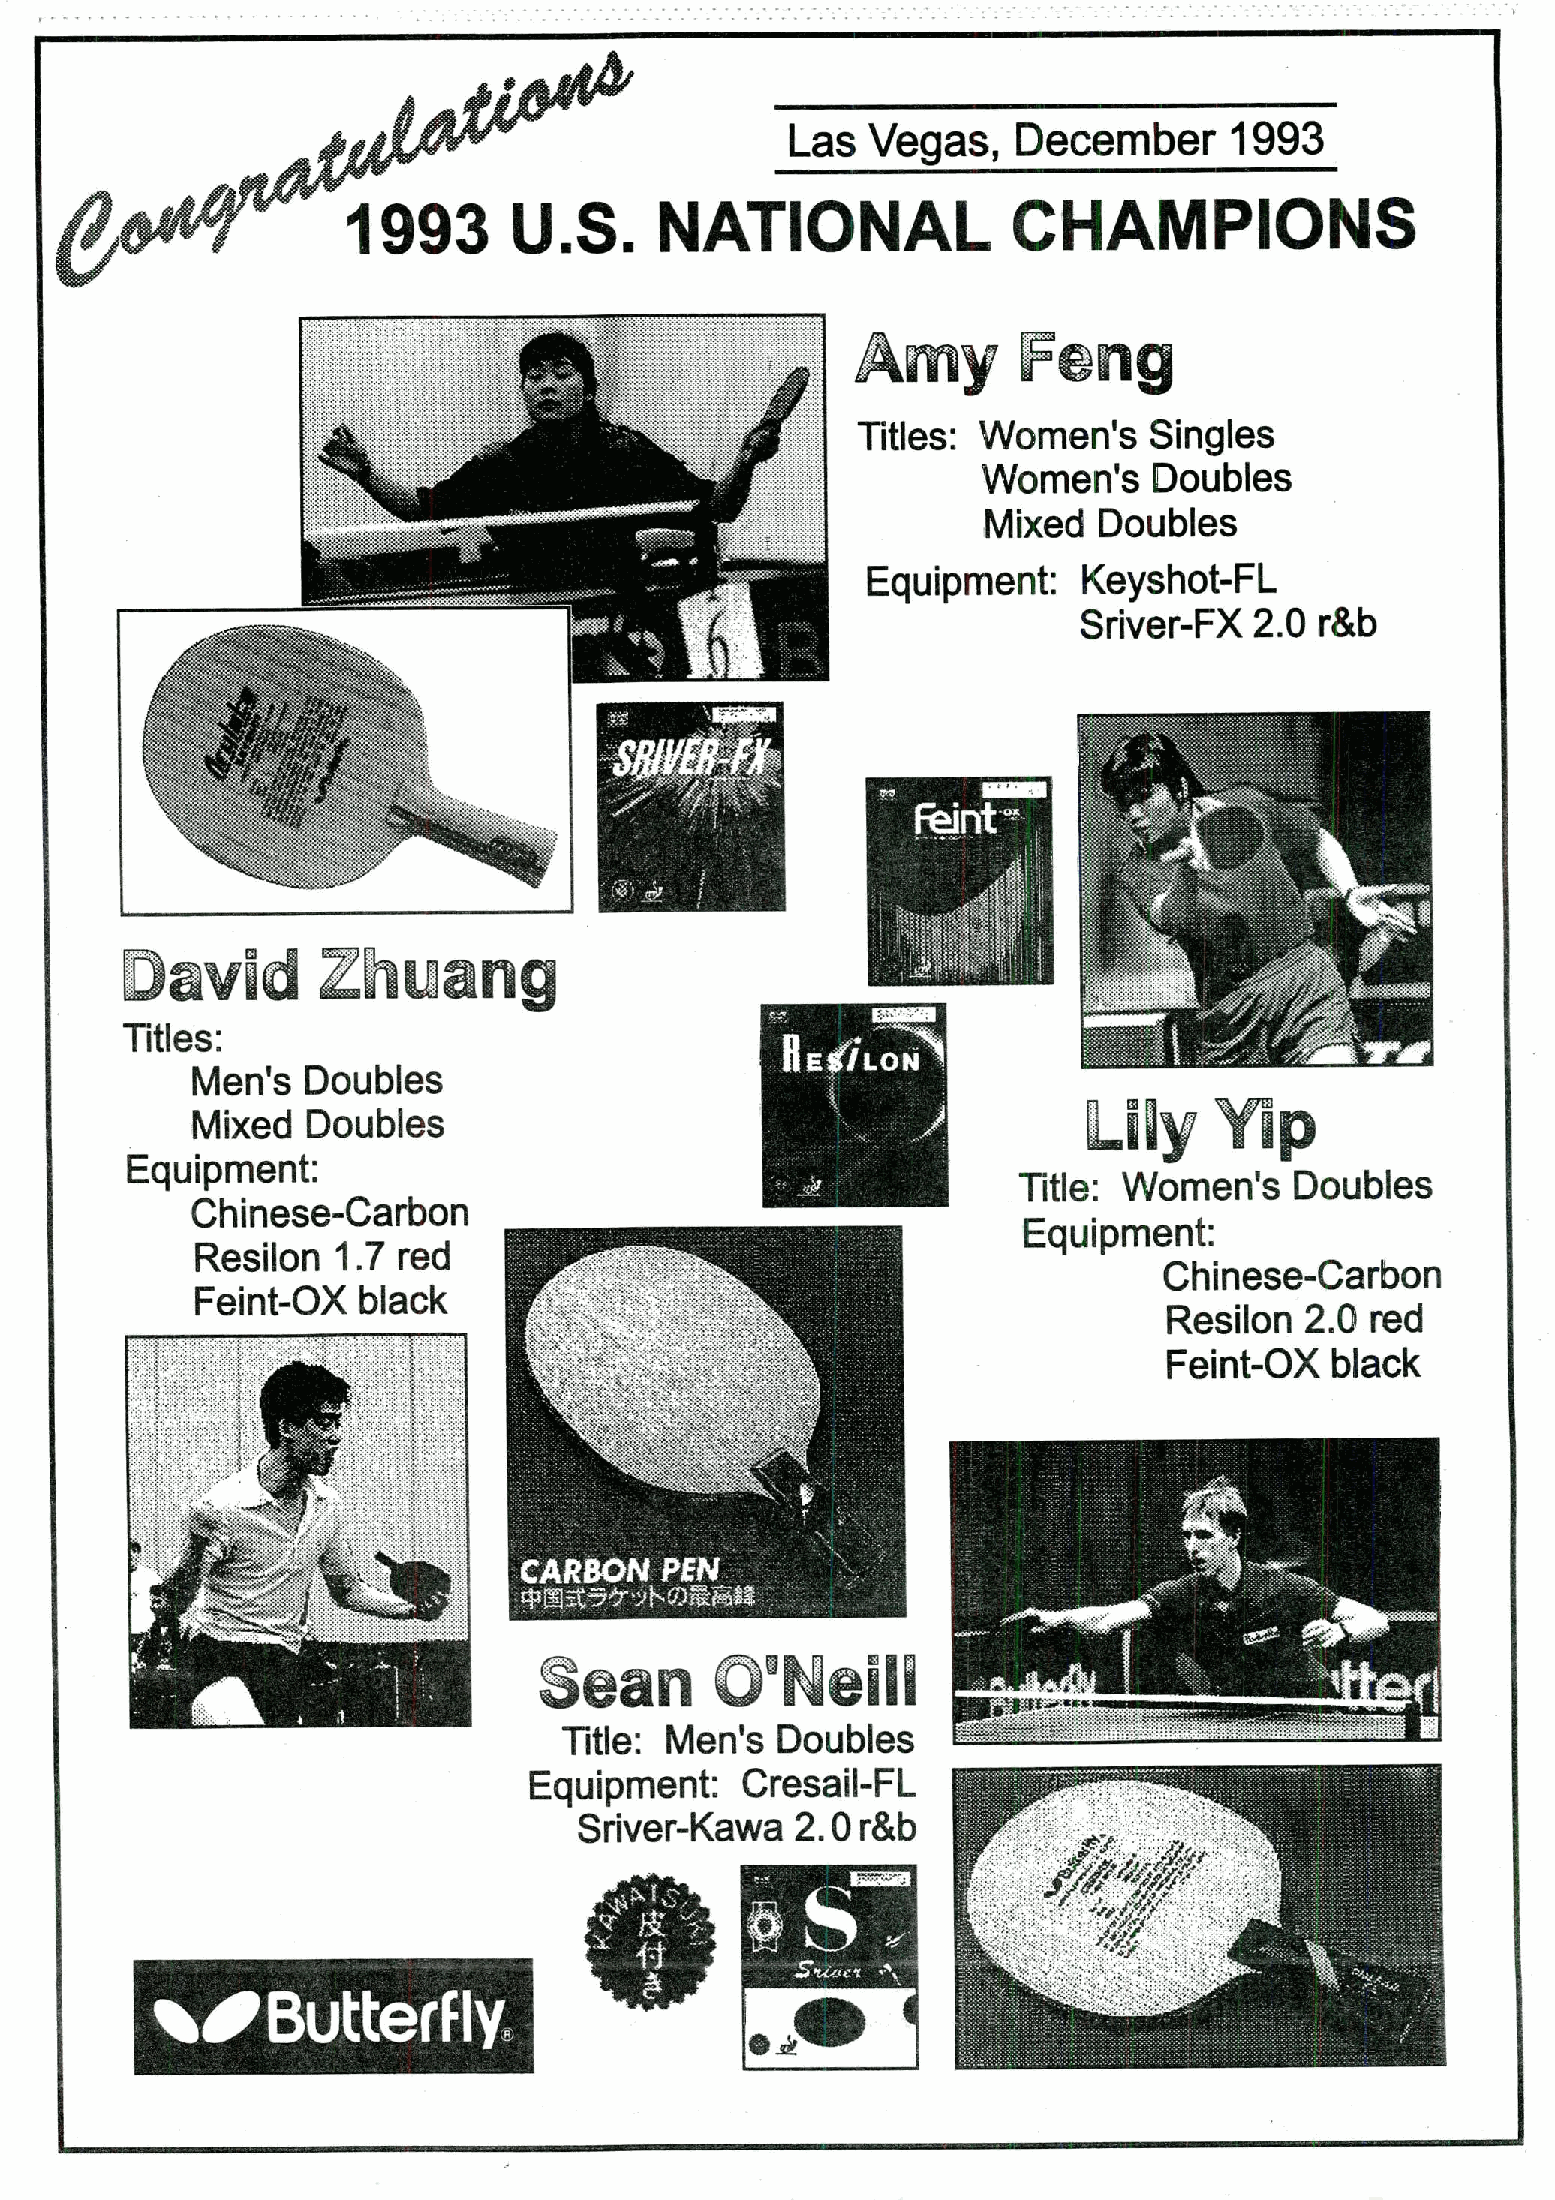
Las   Vegas,   December      1993
 .. ..             1993       U.S.      NATIONAL               CHAMPIONS
 m
 ..
 mi
 5 .:4
 .-
 Titles: Women's    Singles
 Women's    Doubles
 ..
 Mixed   Doubles
 ..
 Equipment:    Keyshot-FL
 Sriver-FX  2.0 r&b
 :
 ..
 941;jl
 B.....:NEW.EE':9%.:teti'
 i*:02 ... 4 1..:4%.3)}§%§}}}*jjj::jjif
 %&%+ I. :./. ..:tz:.:m&*:
 imp@%€.
 Biliz
 Zhuang
 47 7 4/9
 Titles:
 ||E¢f/LON
 Men's  Doubles
 Lilv   ¥1    r
 Mixed  Doubles
 Equipment:
 Title: Women's    Doubles
 Chinese-Carbon
 Equipment:
 :44%%441221=1144:1 : 6
 Resilon  1.7 red
 -r -/:*::-:t·.:i:'4*·:t¢jjx.':: .
 Chinese-Carbon
 Feint-OX   black                        tti k MY:383:¥3:·.(:.: 4.·
 Resilon  2.0  red
 Feint-OX   black
 ..
 -2:.:i:*::t·:i··f#4:**8.:it.:?3.6. J?:..>:id
 »*4945#2*42*1-:- jJ- c .·I- i :).9.., <:43*M:-:-.i til-·-
 1 -re:*
 ..                                  148%:·i: 225:-s·% r
 CARBON  PEIV 2,Ze4i.:L£03. Fyj ylt-
 . .. ... .. %.J. ...thy„V'.41.-1. .
 Sean       O'Neill
 Title: Men's  Doubles
 Equipment:    Cresail-FL
 Sriver-Kawa    2.0 r&b
 Id
 9 1*3
 •/Butterfly